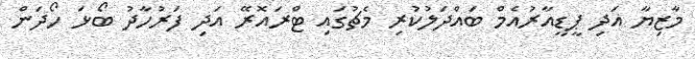
މާޒިޔާ އަދި ޕީޑީއާރުއެމް ބައްދަލުކުރި މެޗުގައި ޓްރައޮރޭ އަދި ފަރުހާދު ބޯޅަ ހޯދަން